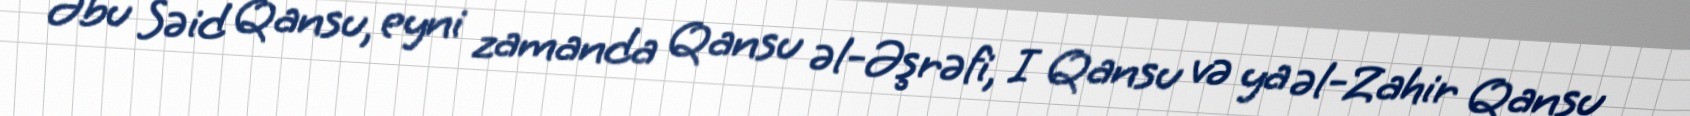
Əbu Səid Qansu, eyni zamanda Qansu əl-Əşrəfi, I Qansu və ya əl-Zahir Qansu